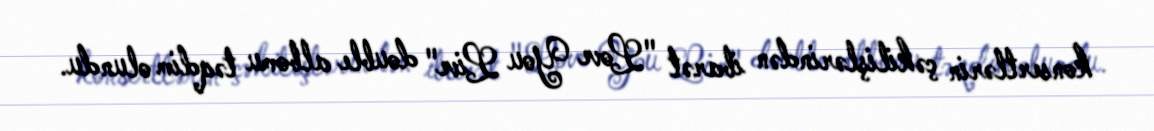
konsertlərin çəkilişlərindən ibarət "Love You Live" double albomu təqdim olundu.